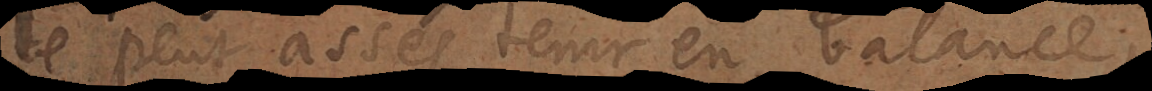
le peut assés tenir en balance;